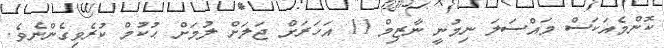
ކޮންމެއަކަސް މައްސަލަ ނިމުނީ ނާޒިމް 11 އަހަރަށް ޖަލަށް ލުމަށް ޙުކުމް ކުރެވިގެންނެވެ.